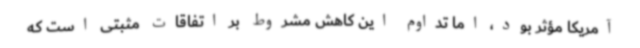
آمریکا مؤثر بود، اما تداوم این کاهش مشروط بر اتفاقات مثبتی است که